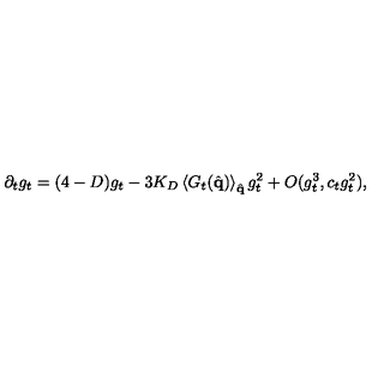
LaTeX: \partial _ { t } g _ { t } = ( 4 - D ) g _ { t } - 3 K _ { D } \left\langle G _ { t } ( \hat { \bf { q } } ) \right\rangle _ { \hat { \bf { q } } } g _ { t } ^ { 2 } + O ( g _ { t } ^ { 3 } , c _ { t } g _ { t } ^ { 2 } ) ,